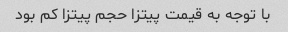
با توجه به قیمت پیتزا حجم پیتزا کم بود